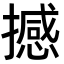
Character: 撼